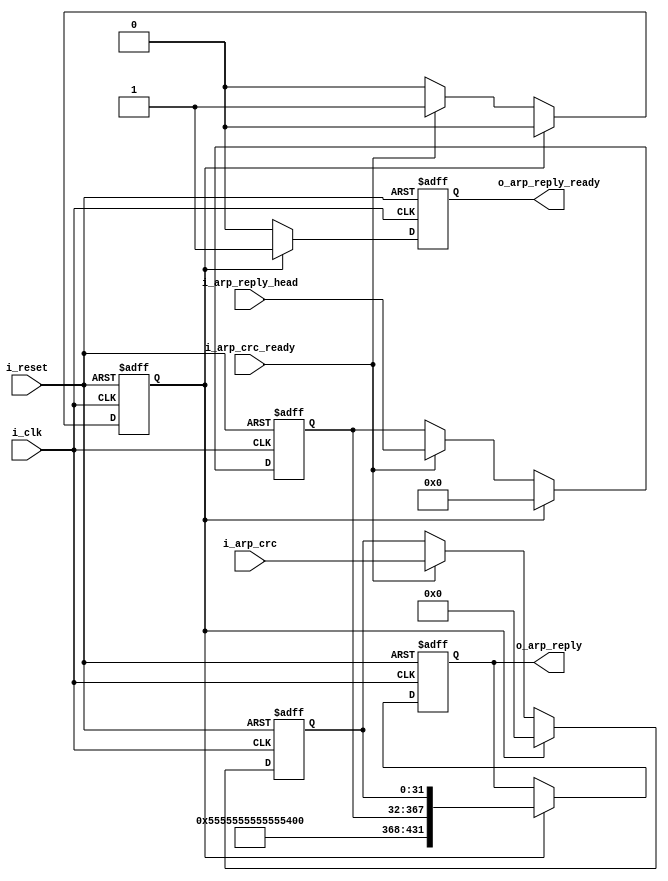
module tb_ethernet_arp_reply_builder(
	input 					i_clk,
	input 					i_reset,
	input 					i_arp_crc_ready,
	input 		[31:0] 		i_arp_crc,
	input 		[42*8-1:0]	i_arp_reply_head,
	output	reg	[54*8-1:0]	o_arp_reply,
	output	reg				o_arp_reply_ready
); 
	reg [31:0] 		arp_crc_r;
	reg [42*8-1:0] 	arp_reply_head_r;
	
	reg 			form_reply;
	
	initial begin
		o_arp_reply 		<= 0;
		o_arp_reply_ready 	<= 0;
		arp_crc_r			<= 0;
		arp_reply_head_r 	<= 0;
		form_reply 			<= 0;
	end
	
	always @(posedge i_clk, posedge i_reset) begin
		if (i_reset) begin
			o_arp_reply 		<= 0;
			o_arp_reply_ready 	<= 0;
			arp_crc_r			<= 0;
			arp_reply_head_r 	<= 0;
			form_reply 			<= 0;
		end else begin
			if (i_arp_crc_ready) begin
				arp_crc_r 			<= i_arp_crc;
				arp_reply_head_r 	<= i_arp_reply_head;
				form_reply 			<= 1;
			end else;
			
			if (form_reply) begin
				o_arp_reply 		<= {64'h55555555555555D5, arp_reply_head_r, arp_crc_r};
				arp_crc_r 			<= 0;
				arp_reply_head_r 	<= 0;
				o_arp_reply_ready 	<= 1;
				form_reply 			<= 0;
			end else 
				o_arp_reply_ready 	<= 0;
		end
	end
	
endmodule